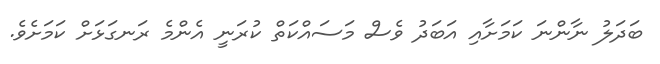
ބަދަލު ނާންނަ ކަމަށާއި އަބަދު ވެސް މަސައްކަތް ކުރަނީ އެންމެ ރަނގަޅަށް ކަމަށެވެ.